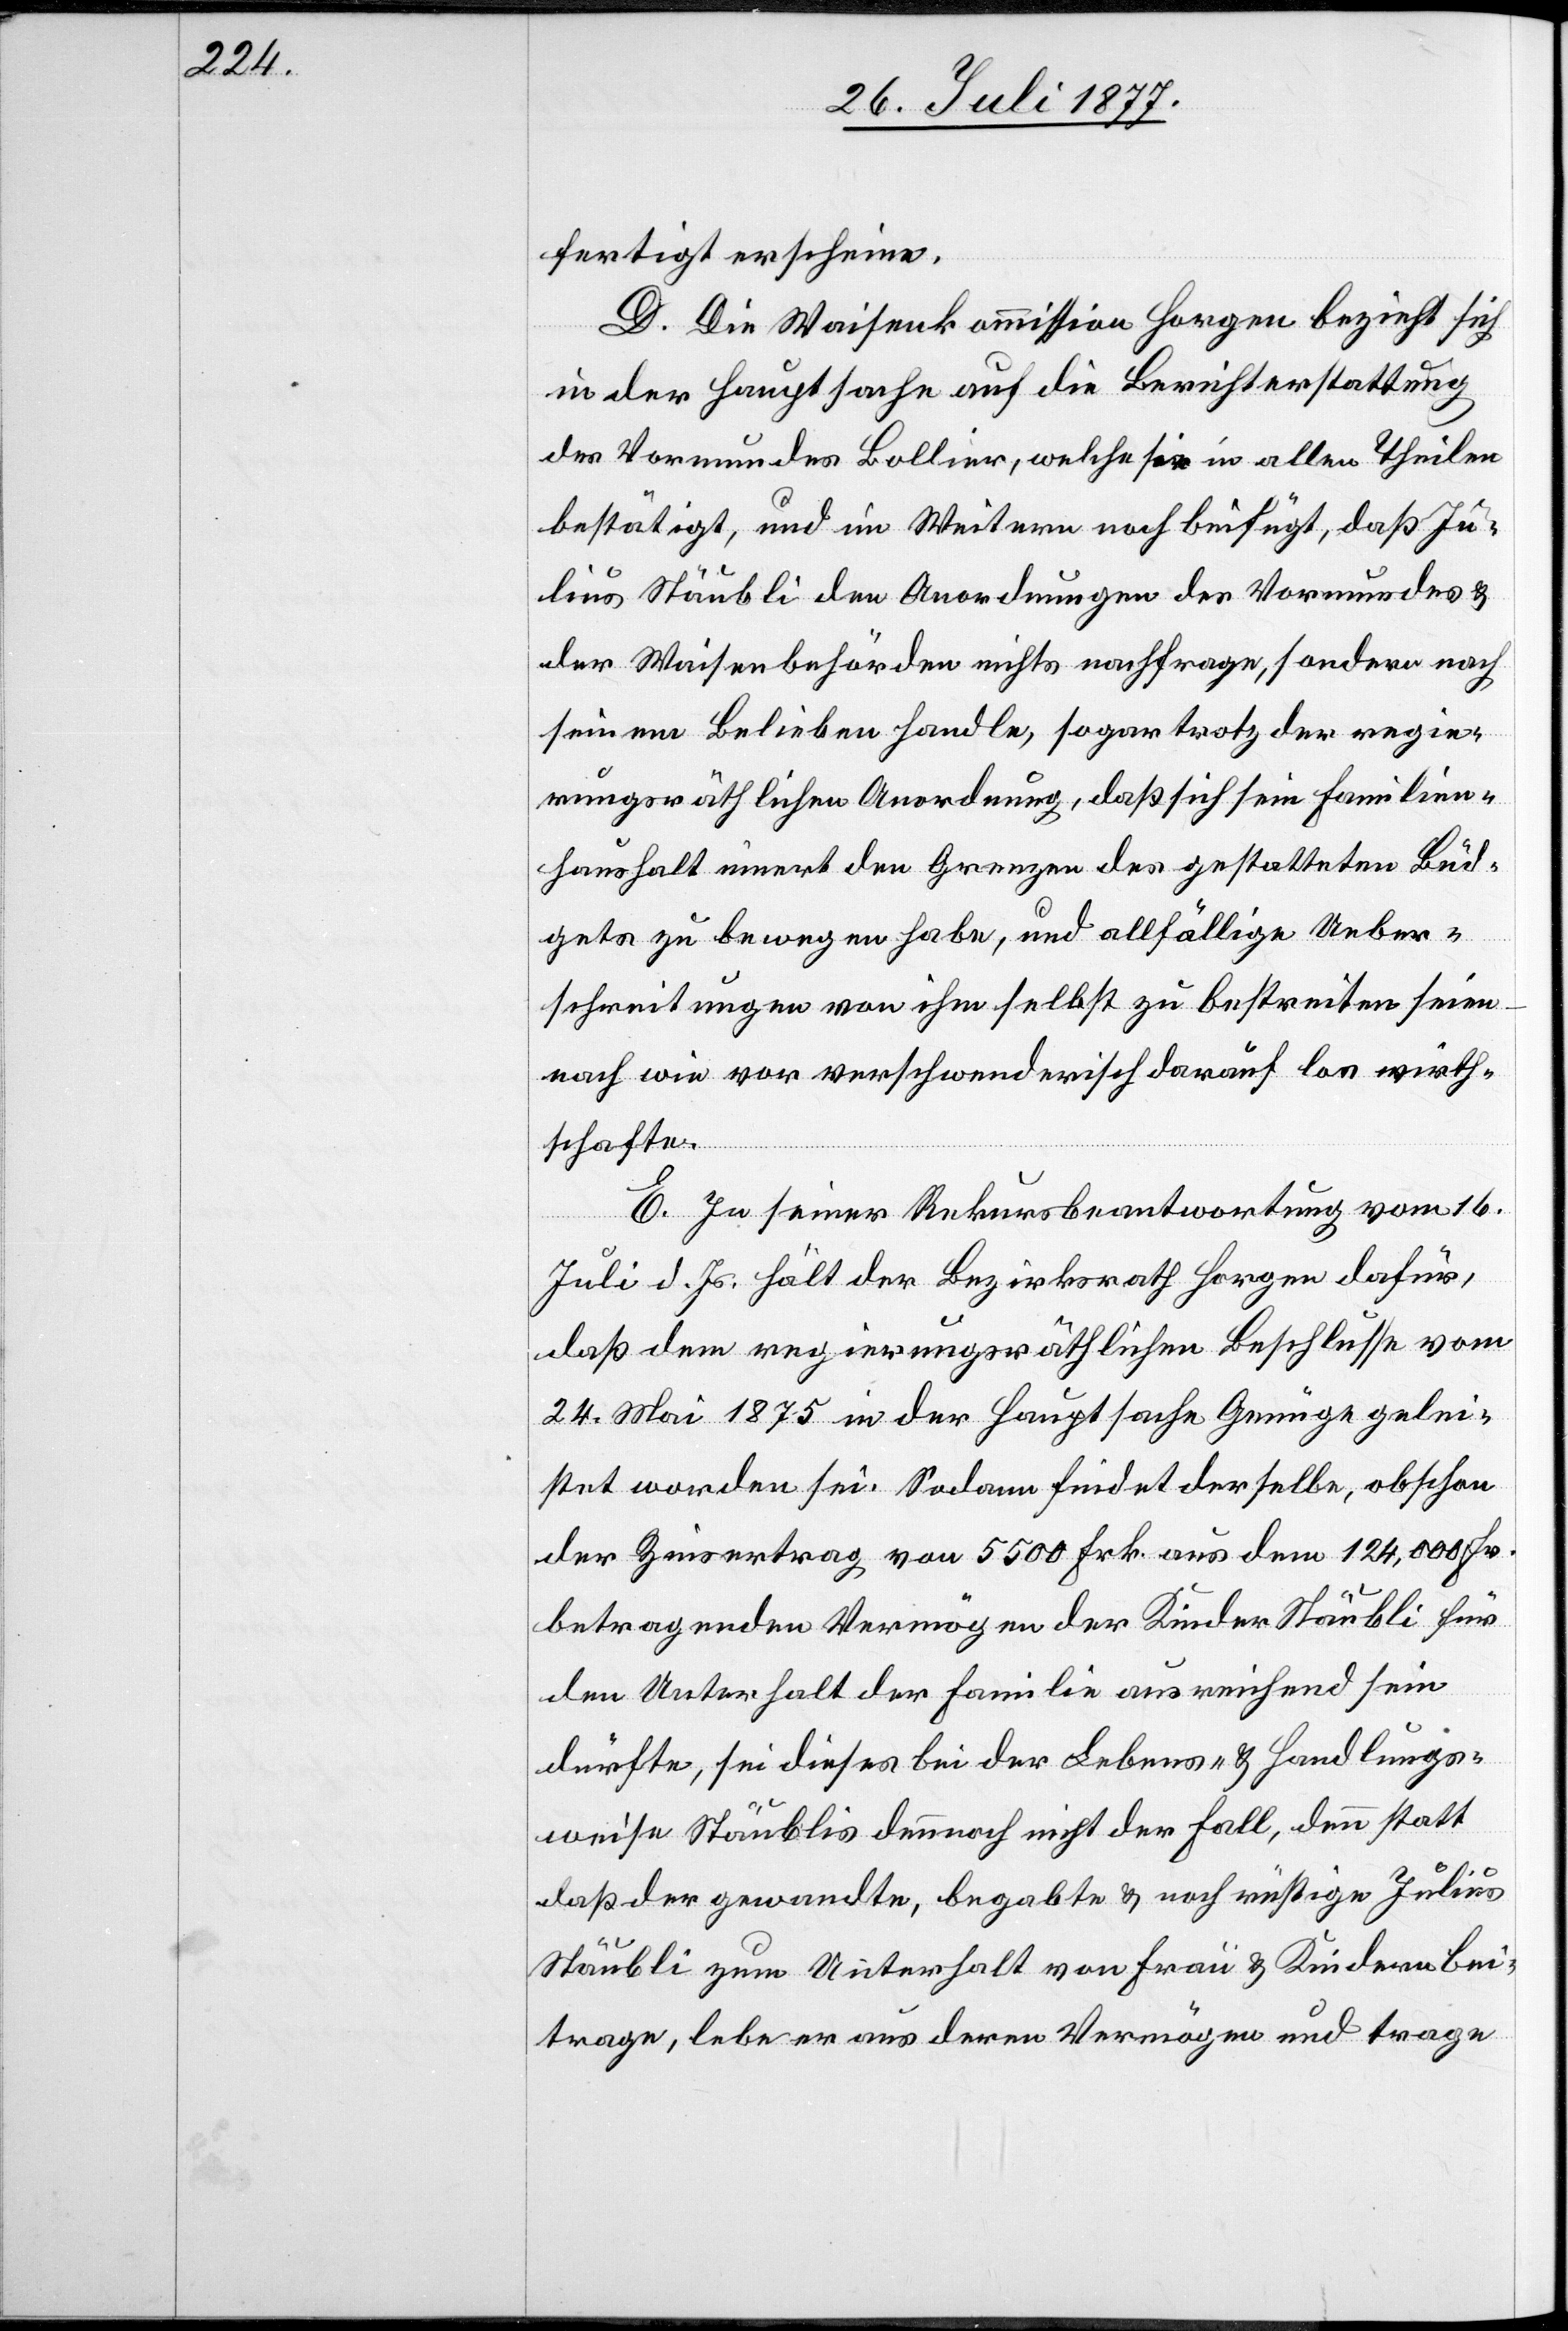
fertigt erscheine.
D. Die Waisenkommission Horgen bezieht sich
in der Hauptsache auf die Berichterstattung
des Vormundes Bollier, welche sie in allen Theilen
bestätigt, und im Weitern noch beifügt, daß Ju¬
lius Stäubli den Anordnungen des Vormundes &
der Waisenbehörden nichts nachfrage, sondern nach
seinem Belieben handle, sogar trotz der regie¬
rungsräthlichen Anordnung, daß sich sein Familien¬
haushalt innert den Grenzen des gestatteten Büd¬
gets zu bewegen habe, und allfällige Ueber¬
schreitungen von ihm selbst zu bestreiten seien
nach wie vor verschwenderisch darauf los wirth¬
schafte.
E. In seiner Rekursbeantwortung vom 16.
Juli d. Js. hält der Bezirksrath Horgen dafür,
daß dem regierungsräthlichen Beschlusse vom
24. Mai 1875 in der Hauptsache Genüge gelei¬
stet worden sei. Sodann findet derselbe, obschon
der Zinsertrag von 5500 Frk. aus dem 124,000 Fr.
betragenden Vermögen der Kinder Stäubli für
den Unterhalt der Familie ausreichend sein
dürfte, sei dieses bei der Lebens- & Handlungs¬
weise Stäublis dennnoch nicht der Fall, denn statt
daß der gewandte, begabte & noch rüstige Julius
Stäubli zum Unterhalt von Frau & Kindern bei¬
trage, lebe er aus deren Vermögen und trage